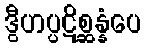
ဒွီဟပ္ပဋိစ္ဆန္နံပေ